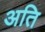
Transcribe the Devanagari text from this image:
अति